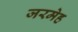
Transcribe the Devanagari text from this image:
जरमेह